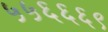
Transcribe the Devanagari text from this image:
५५६६६९